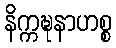
နိက္ကဍ္ဎနာဟစ္စ